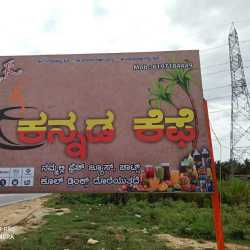
Language: kannada
Transcription: ಕೆಫೆ ಕನ್ನಡ